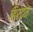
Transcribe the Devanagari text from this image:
हिरंदम